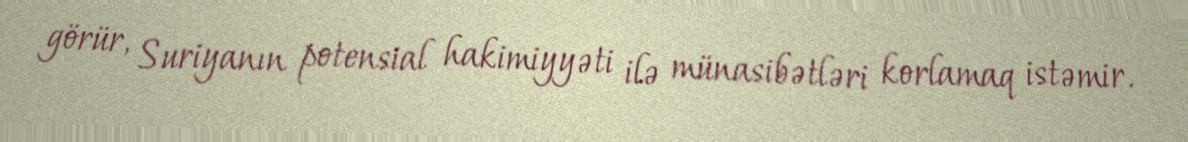
görür, Suriyanın potensial hakimiyyəti ilə münasibətləri korlamaq istəmir.